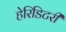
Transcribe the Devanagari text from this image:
हेरिडिटरी